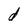
Character: d